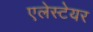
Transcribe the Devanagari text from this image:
एलेस्टेयर